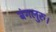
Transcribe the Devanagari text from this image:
बंगलुरु।